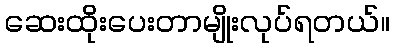
ဆေးထိုးပေးတာမျိုးလုပ်ရတယ်။